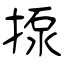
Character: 揼